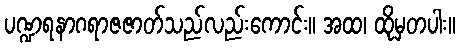
ပဏ္ဍရနာဂရာဇဇာတ်သည်လည်းကောင်း။ အထ၊ ထိုမှတပါး။